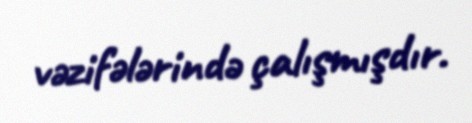
vəzifələrində çalışmışdır.